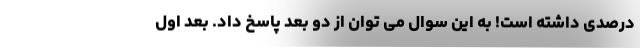
درصدی داشته است! به این سوال می توان از دو بعد پاسخ داد. بعد اول